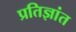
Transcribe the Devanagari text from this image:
प्रतिज्ञांत